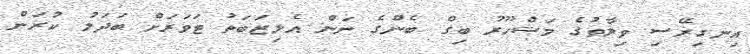
އިނގިރޭސި ވިލާތުގެ މަޝްހޫރު ބިގް ބެންގެ ނަން އެލިޒަބަތު ޓަވަރަށް ބަދަލު ކުރަން